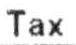
TAX